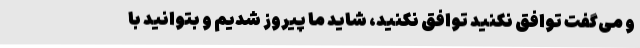
و می‌گفت توافق نکنید توافق نکنید، شاید ما پیروز شدیم و بتوانید با